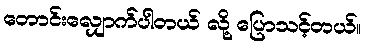
တောင်းလျှောက်ပါတယ် လို့ ပြောသင့်တယ်။